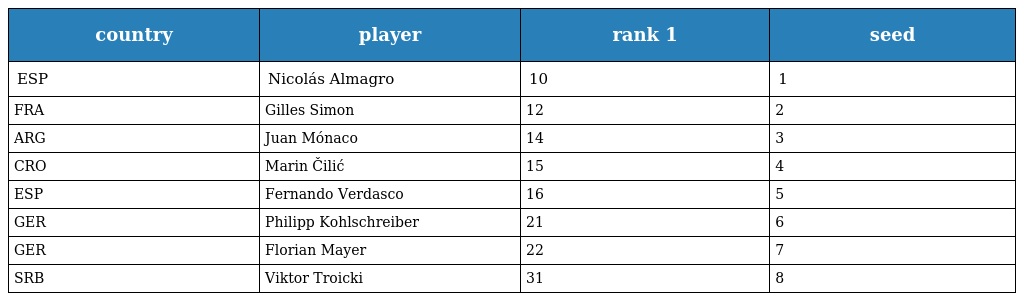
| country | player | rank 1 | seed |
 | --- | --- | --- | --- |
 | ESP | Nicolás Almagro | 10 | 1 |
 | FRA | Gilles Simon | 12 | 2 |
 | ARG | Juan Mónaco | 14 | 3 |
 | CRO | Marin Čilić | 15 | 4 |
 | ESP | Fernando Verdasco | 16 | 5 |
 | GER | Philipp Kohlschreiber | 21 | 6 |
 | GER | Florian Mayer | 22 | 7 |
 | SRB | Viktor Troicki | 31 | 8 |